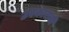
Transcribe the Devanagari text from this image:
उपकाराची